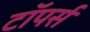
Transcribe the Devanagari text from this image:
टॉपर्स